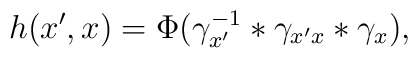
h(x',x) = \Phi(\gamma_{x'}^{-1}*\gamma_{x'x}*\gamma_x),